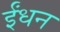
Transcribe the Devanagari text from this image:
र्इंधन